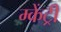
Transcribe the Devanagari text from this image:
म्केंट्री